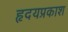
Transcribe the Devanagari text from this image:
हृदयप्रकाश